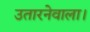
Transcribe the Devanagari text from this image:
उतारनेवाला।